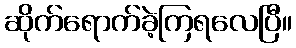
ဆိုက်ရောက်ခဲ့ကြရလေပြီ။